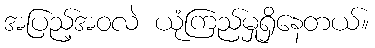
အပြည့်အဝလဲ ယုံကြည်မှုရှိနေတယ်။